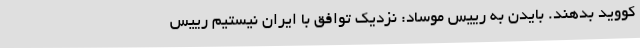
کووید بدهند. بایدن به رییس موساد: نزدیک توافق با ایران نیستیم رییس